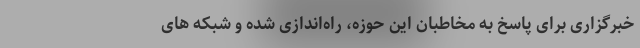
خبرگزاری برای پاسخ به مخاطبان این حوزه، راه‌اندازی شده و شبکه های